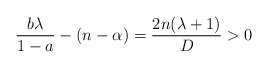
\begin{align*} \frac{b\lambda}{1-a}-(n-\alpha)=\frac{2n(\lambda+1)}{D}>0 \end{align*}